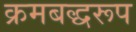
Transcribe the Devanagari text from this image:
क्रमबद्धरूप